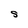
Character: S